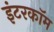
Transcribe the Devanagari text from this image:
इंटरकाॅम